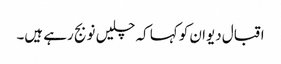
اقبال دیوان کو کہا کہ چلیں نو بج رہے ہیں۔